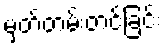
မှတ်တမ်းတင်ခြင်း